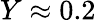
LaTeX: Y\approx 0.2